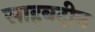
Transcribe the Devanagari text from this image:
साहबदीन